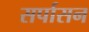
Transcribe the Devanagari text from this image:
सर्पासन